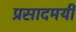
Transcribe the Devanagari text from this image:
प्रसादमयी